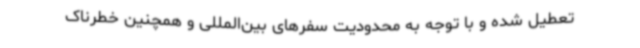
تعطیل شده‌ و با توجه به محدودیت سفرهای بین‌المللی و همچنین خطرناک